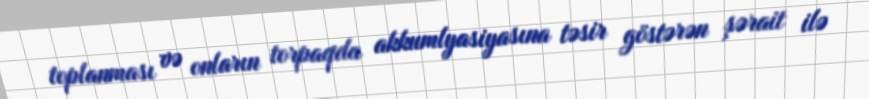
toplanması və onların torpaqda akkumlyasiyasına təsir göstərən şərait ilə